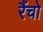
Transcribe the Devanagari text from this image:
रैंचो